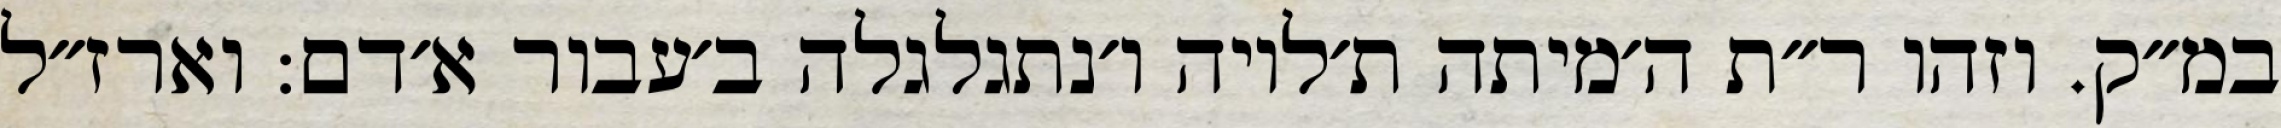
במ״ק. וזהו ר״ת ה׳מיתה ת׳לויה ו׳נתגלגלה ב׳עבור א׳דם: וארז״ל